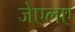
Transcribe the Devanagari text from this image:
जेएलए